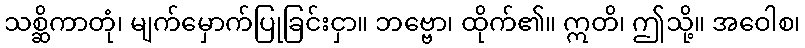
သစ္ဆိကာတုံ၊ မျက်မှောက်ပြုခြင်းငှာ။ ဘဗ္ဗော၊ ထိုက်၏။ ဣတိ၊ ဤသို့။ အဝေါစ၊